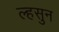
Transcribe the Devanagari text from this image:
ल्हसुन